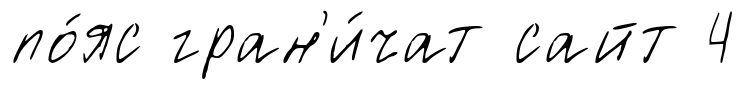
по́яс гран'и́чат сайт 4